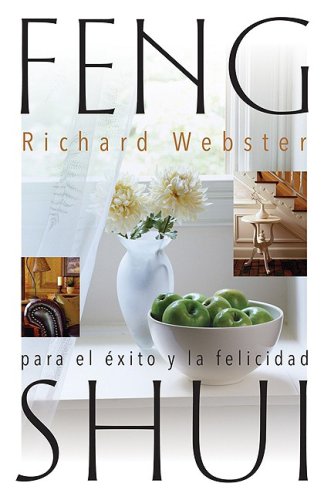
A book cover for Feng Shui para el Ã©xito y la felicidad (Spanish Feng Shui Series) (Spanish Edition); Richard Webster; Religion & Spirituality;